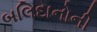
બલિદાનોની